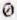
0